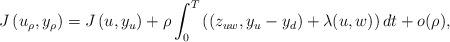
LaTeX: \begin{align*}J\left(u_\rho,y_\rho\right)=J\left(u,y_u\right)+\rho \int_0^T\left(\left(z_{uw},y_u-y_d\right)+\lambda(u,w)\right)dt+o(\rho),\end{align*}